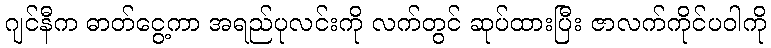
ဂျင်နီက ဓာတ်ငွေ့ကာ အရည်ပုလင်းကို လက်တွင် ဆုပ်ထားပြီး ဇာလက်ကိုင်ပဝါကို